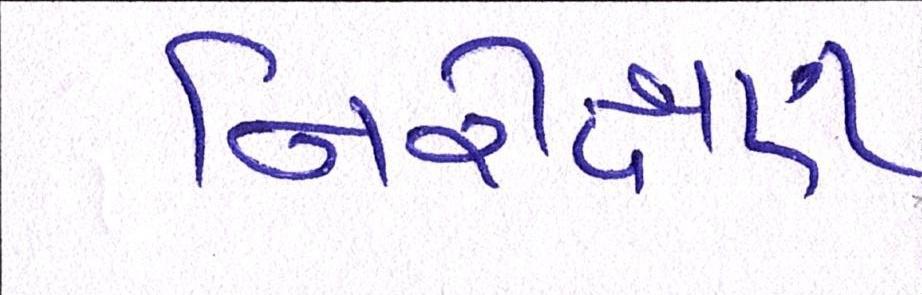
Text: નિરીક્ષણ